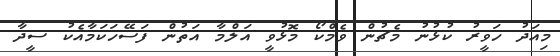
މިއަދު ހަވީރު ކުޅުނު މެޗުން ވެމްކޯ މޮޅުވީ އަލްމާ އަތުން ފަސޭހަކަމާއެކު ސީދާ